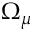
\Omega _ { \mu }